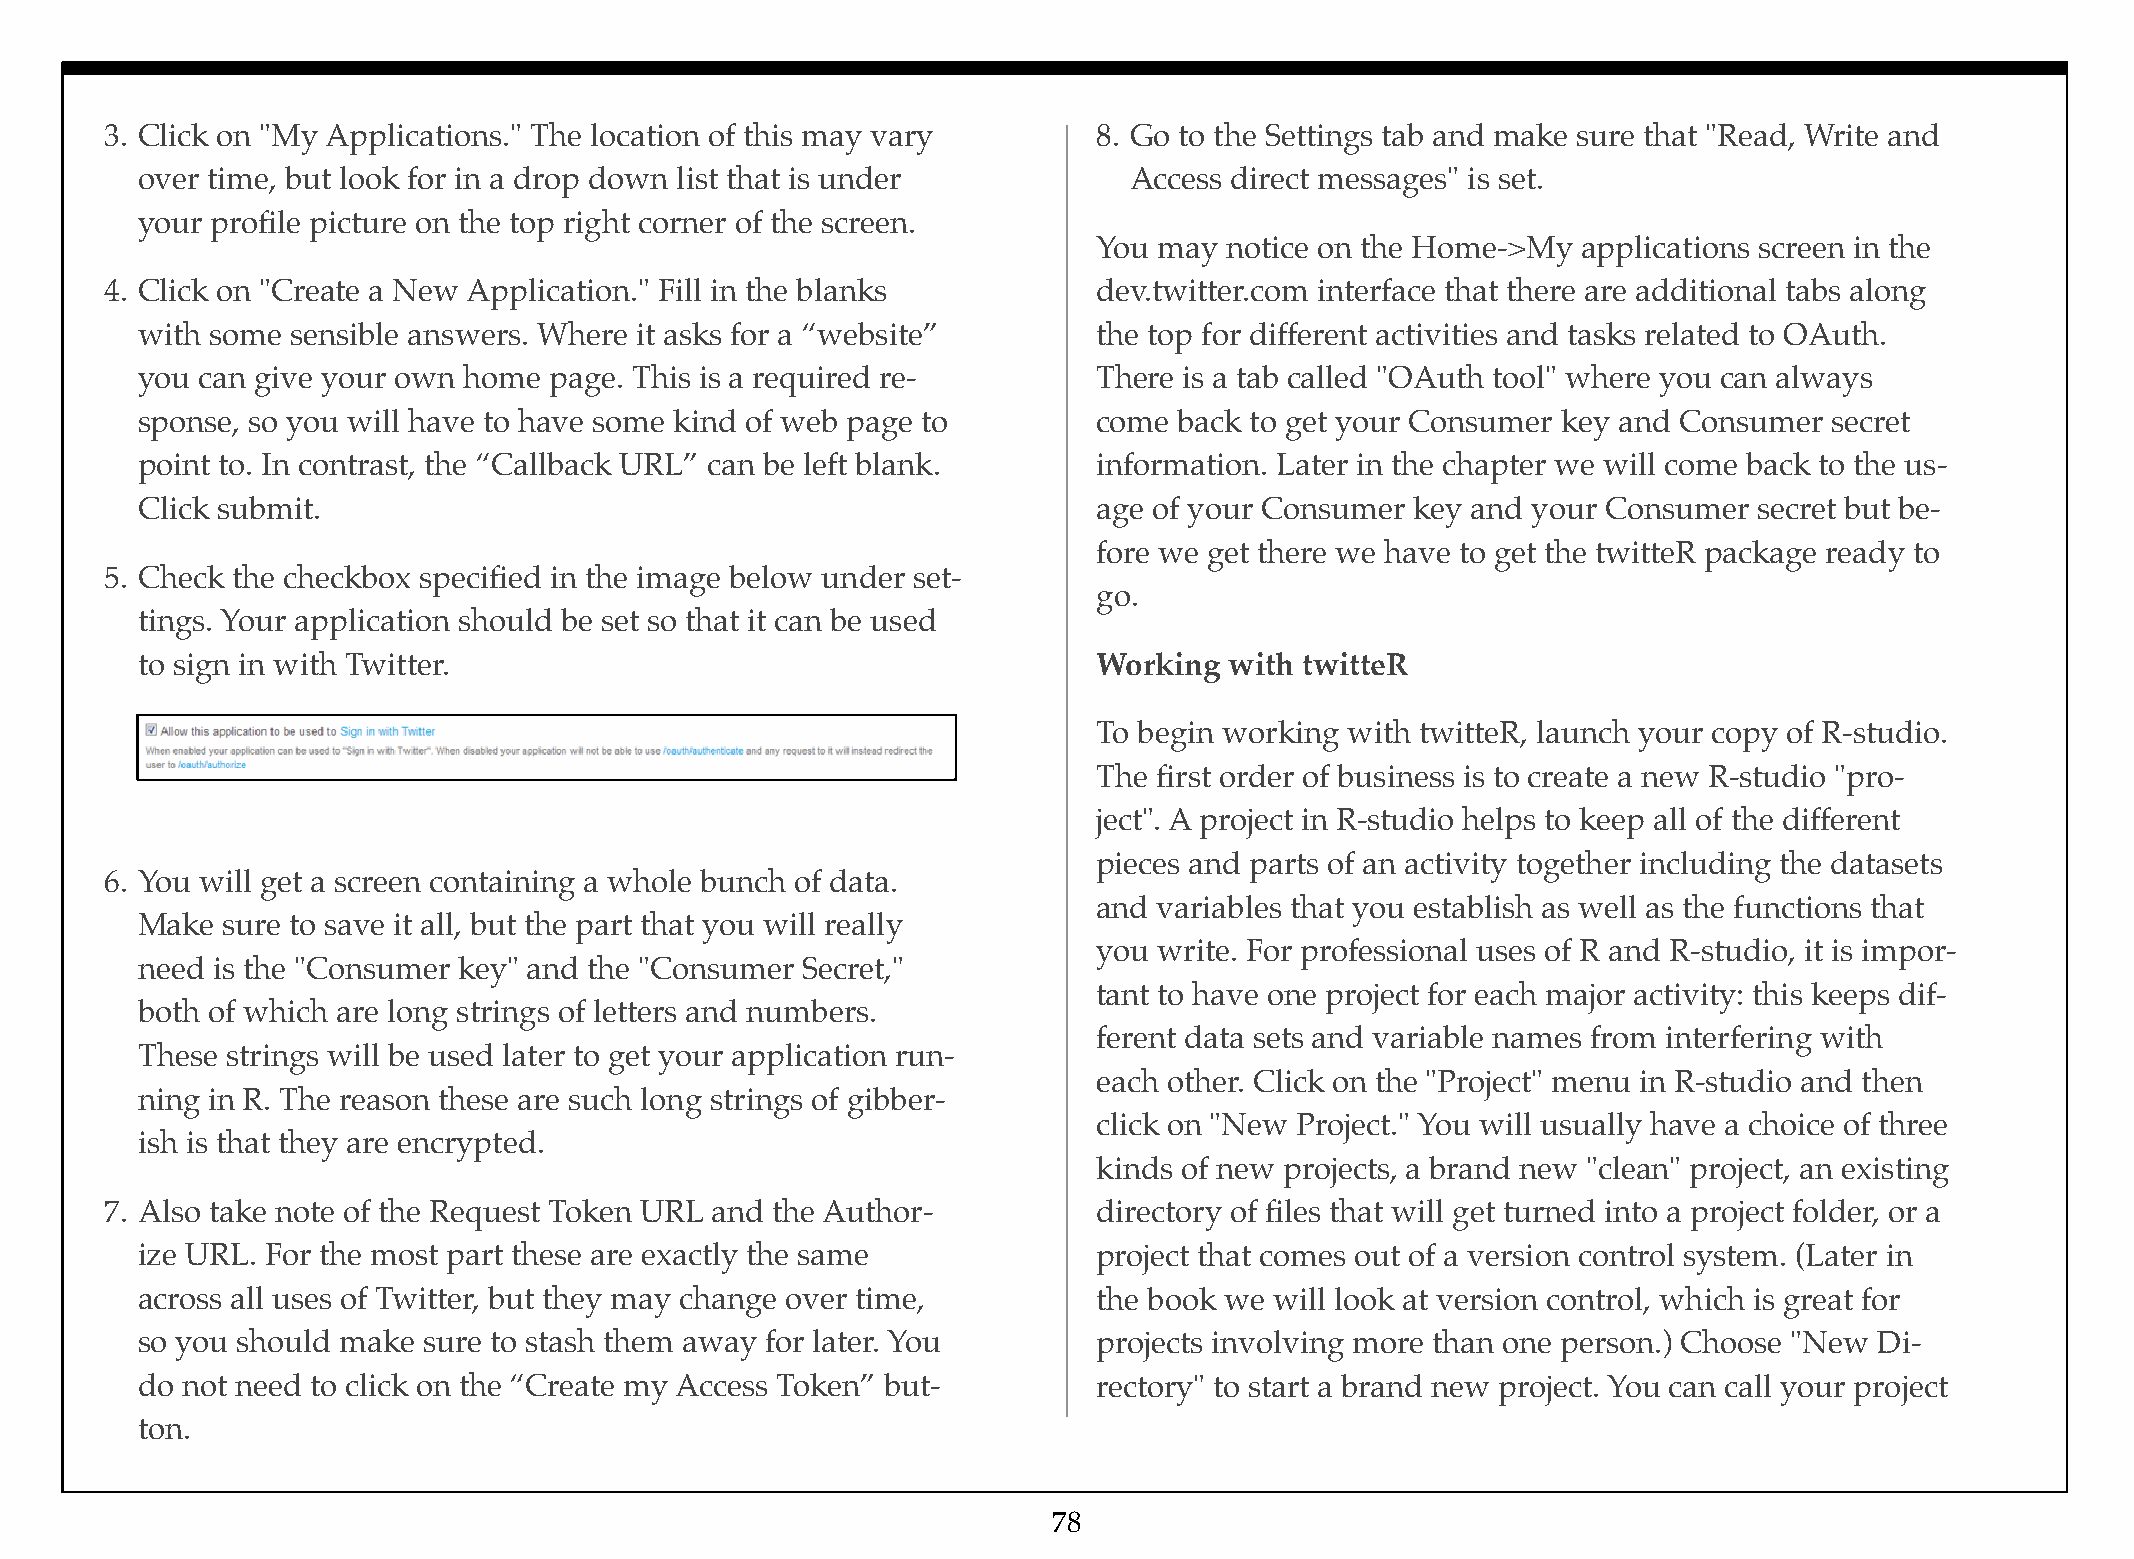
3.!Click on "My Applications." The location of this may vary      8.!Go to the Settings tab and make sure that "Read, Write and
 over time, but look for in a drop down list that is under         Access direct messages" is set.
 your profile picture on the top right corner of the screen.
 You may notice on the Home->My  applications screen in the
 4.!Click on "Create a New Application." Fill in the blanks        dev.twitter.com interface that there are additional tabs along
 with some sensible answers. Where it asks for a “website”       the top for different activities and tasks related to OAuth.
 you can give your own home page. This is a required re-         There is a tab called "OAuth tool" where you can always
 sponse, so you will have to have some kind of web page to       come back to get your Consumer key and Consumer secret
 point to. In contrast, the “Callback URL” can be left blank.    information. Later in the chapter we will come back to the us-
 Click submit.                                                   age of your Consumer key and your Consumer secret but be-
 fore we get there we have to get the twitteR package ready to
 5.!Check the checkbox specified in the image below under set-
 go.
 tings. Your application should be set so that it can be used
 to sign in with Twitter.                                        Working with twitteR
 To begin working with twitteR, launch your copy of R-studio.
 The first order of business is to create a new R-studio "pro-
 ject". A project in R-studio helps to keep all of the different
 pieces and parts of an activity together including the datasets
 6.!You will get a screen containing a whole bunch of data.
 and variables that you establish as well as the functions that
 Make  sure to save it all, but the part that you will really
 you write. For professional uses of R and R-studio, it is impor-
 need is the "Consumer key" and the "Consumer Secret,"
 tant to have one project for each major activity: this keeps dif-
 both of which are long strings of letters and numbers.
 ferent data sets and variable names from interfering with
 These strings will be used later to get your application run-
 each other. Click on the "Project" menu in R-studio and then
 ning in R. The reason these are such long strings of gibber-
 click on "New Project." You will usually have a choice of three
 ish is that they are encrypted.
 kinds of new projects, a brand new "clean" project, an existing
 7.!Also take note of the Request Token URL and the Author-        directory of files that will get turned into a project folder, or a
 ize URL. For the most part these are exactly the same           project that comes out of a version control system. (Later in
 across all uses of Twitter, but they may change over time,      the book we will look at version control, which is great for
 so you should make sure to stash them away for later. You       projects involving more than one person.) Choose "New Di-
 do not need to click on the “Create my Access Token” but-       rectory" to start a brand new project. You can call your project
 ton.
 78